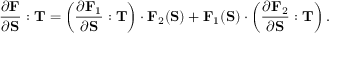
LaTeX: { \frac { \partial \mathbf { F } } { \partial \mathbf { S } } } : \mathbf { T } = \left( { \frac { \partial \mathbf { F } _ { 1 } } { \partial \mathbf { S } } } : \mathbf { T } \right) \cdot \mathbf { F } _ { 2 } ( \mathbf { S } ) + \mathbf { F } _ { 1 } ( \mathbf { S } ) \cdot \left( { \frac { \partial \mathbf { F } _ { 2 } } { \partial \mathbf { S } } } : \mathbf { T } \right) .